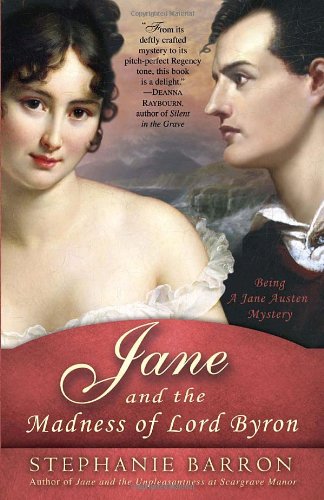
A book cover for Jane and the Madness of Lord Byron: Being A Jane Austen Mystery; Stephanie Barron; Literature & Fiction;